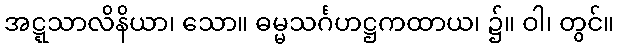
အဋ္ဋသာလိနိယာ၊ သော။ ဓမ္မသင်္ဂဟဋ္ဌကထာယ၊ ၌။ ဝါ၊ တွင်။